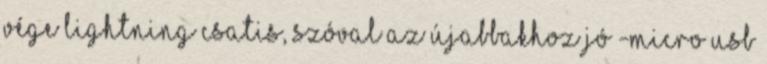
vége lightning csatis, szóval az újabbakhoz jó -micro USB